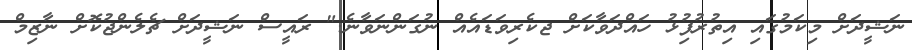
ނަޝީދަށް މިކަމުގައި އިތުރުފުިޅު ހައްދަވާކަށް ޖކެރިވަޑައެއް ނުގަންނަވާނެ." ރައީސް ނަޝީދަށް ޗެލެންޖުކޮށް ނާޒިމް